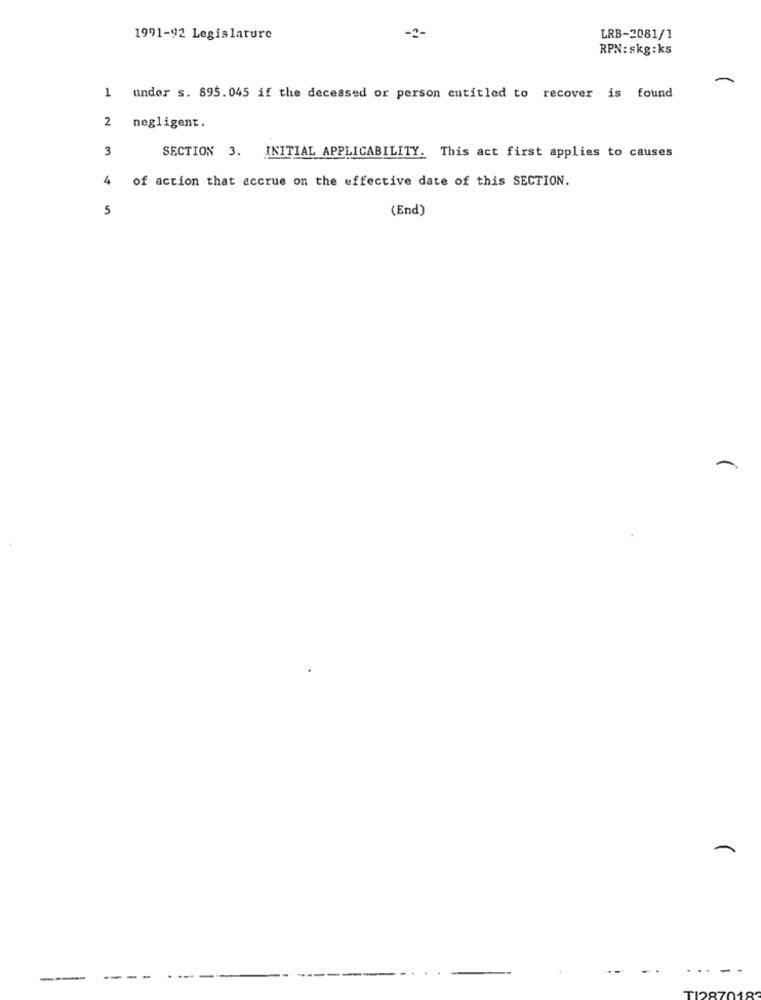
1991-92 Legislature
-2-
LRB-2081/1
RPN: skg:ks
-
1 under s. 895.045 if the deceased or person entitled to recover is found
2
negligent.
3
SECTION 3. INITIAL APPLICABILITY. This act first applies to causes
4 of action that accrue on the effective date of this SECTION.
5
(End)
-
...-
--
--